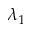
\lambda _ { 1 }